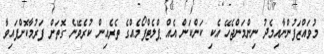
މުވައްޒަފުންނާއިމެދު ނިންމަންޖެހޭ އެކި ކަންކަން އެއް ޕްލެޓްފޯމެއްގެ ތެރެއިން ކުރެވޭނެ ގޮތަށް ފަރުމާކޮށްފައިވާ